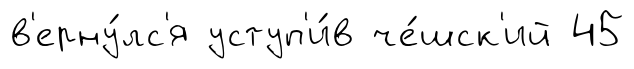
в'ерну́лс'я уступ'и́в че́шск'ий 45